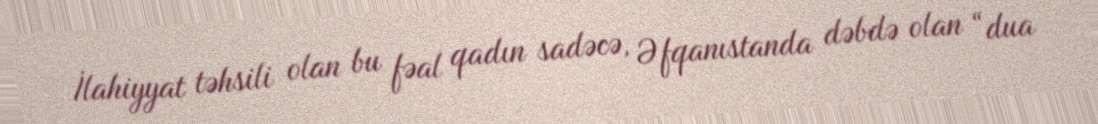
İlahiyyat təhsili olan bu fəal qadın sadəcə, Əfqanıstanda dəbdə olan “dua